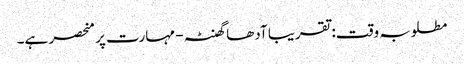
مطلوبہ وقت: تقریبا آدھا گھنٹہ - مہارت پر منحصر ہے۔